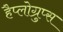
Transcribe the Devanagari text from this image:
हैप्लोग्रुप्स